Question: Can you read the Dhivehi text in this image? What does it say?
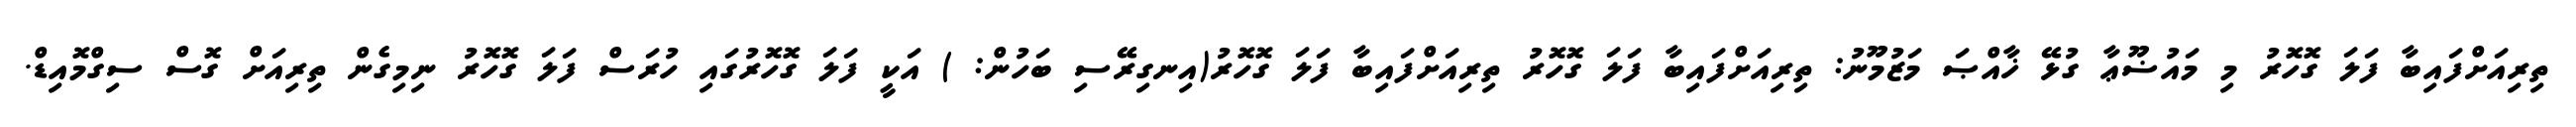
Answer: ތިރިއަށްފައިބާ ފަލަ ގޮހޮރު މި މައުޟޫޢާ ގުޅޭ ޚާއްޞަ މަޒުމޫނު: ތިރިއަށްފައިބާ ފަލަ ގޮހޮރު ތިރިއަށްފައިބާ ފަލަ ގޮހޮރު(އިނގިރޭސި ބަހުން: ) އަކީ ފަލަ ގޮހޮރުގައި ހުރަސް ފަލަ ގޮހޮރު ނިމިގެން ތިރިއަށް ގޮސް ސިގްމޮއިޑް.